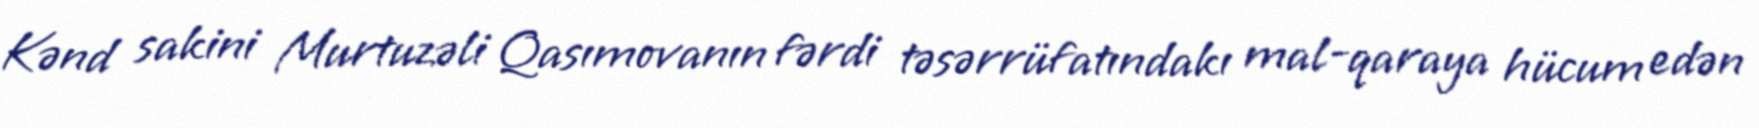
Kənd sakini Murtuzəli Qasımovanın fərdi təsərrüfatındakı mal-qaraya hücum edən